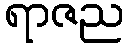
ရာဇည